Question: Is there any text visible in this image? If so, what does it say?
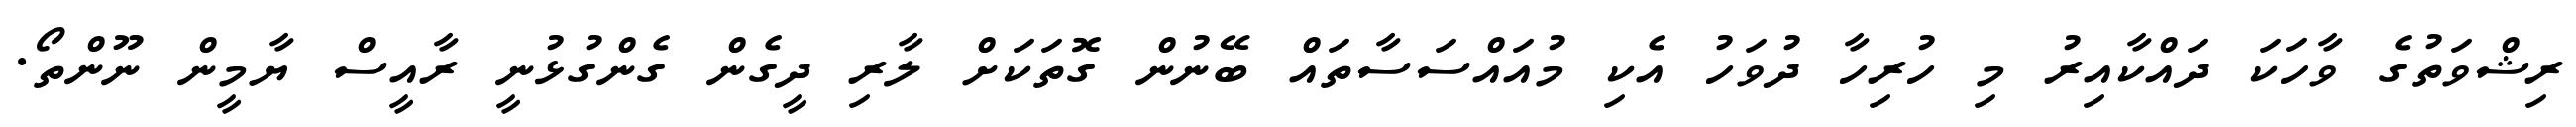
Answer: ރިޝްވަތުގެ ވާހަކަ ދައްކާއިރު މި ހުރިހާ ދުވަހު އެކި މުއައްސަސާތައް ބޭނުން ގޮތަކަށް ލާރި ދީގެން ގެންގުޅުނީ ރާއީސް ޔާމީން ނޫންތޯ.